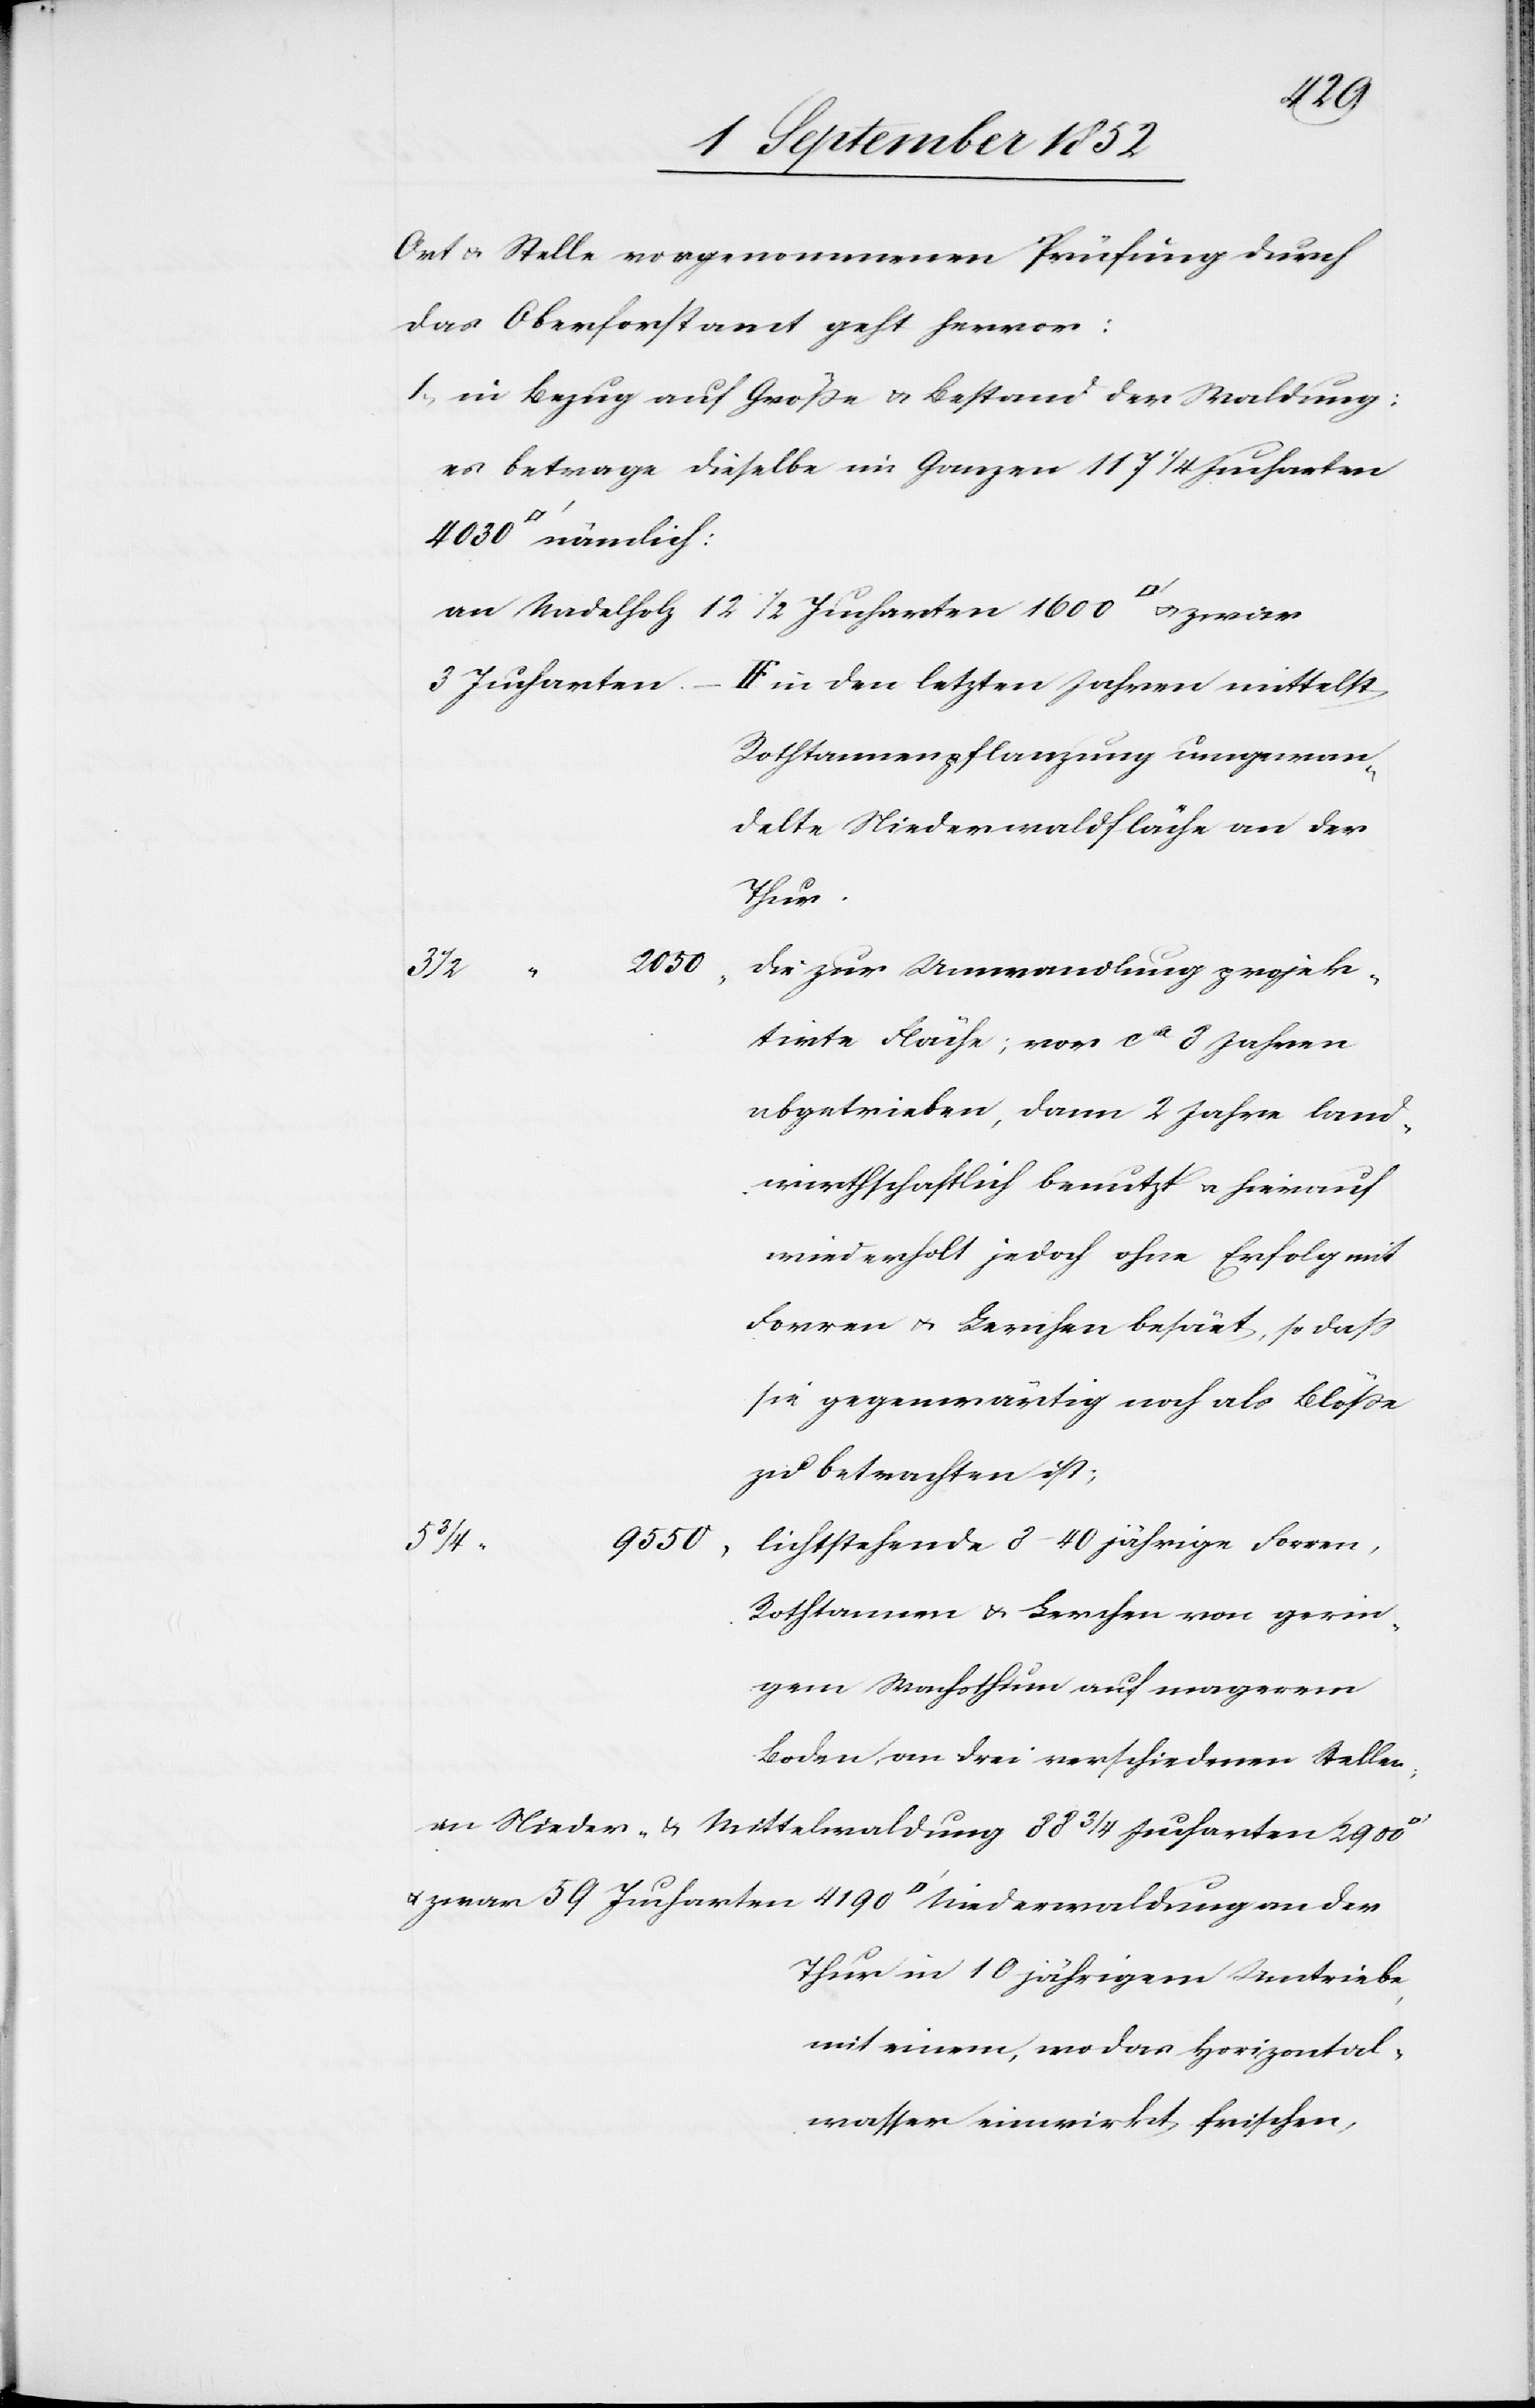
4190
Ort & Stelle vorgenommenen Prüfung durch
das Oberforstamt geht hervor:
in Bezug auf Größe & Bestand der Waldung:
es betrage dieselbe im Ganzen 117 1/4 Jucharten
an Nadelholz 12
1/2 Jucharten 1600 [Quadr¬
59 Jucharten
in den letzten Jahren mittelst
Rothtannenpflanzung umgewan¬
delte Niederwaldfläche an der
Thur.
2050
die zur Umwandlung projek¬
der
tirte Fläche; vor ca 8 Jahren
abgetrieben, dann 2 Jahre land¬
wirthschaftlich benutzt & hierauf
wiederholt jedoch ohne Erfolg mit
Forren & Lerchen besäet, so dass
sie gegenwärtig noch als Blöße
zu betrachten ist;
9550
lichtstehende 8–40 jährige Forren,
Rothtannen & Lerchen von gerin¬
gem Wachsthum auf magerem
Boden, an drei verschiedenen Stellen;
an Nieder- & Mittelwaldung 88 3/4 Jucharten 2900
Thur in 10 jährigem Umtriebe,
mit einem, wo das Horizontal¬
wasser einwirkt frischen,